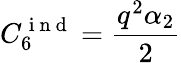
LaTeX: C_{6}^{\mathrm{~i~n~d~}}=\frac{q^{2}\alpha_{2}}{2}